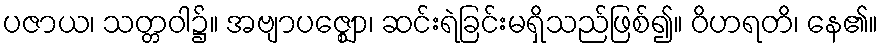
ပဇာယ၊ သတ္တဝါ၌။ အဗျာပဇ္ဈော၊ ဆင်းရဲခြင်းမရှိသည်ဖြစ်၍။ ဝိဟရတိ၊ နေ၏။